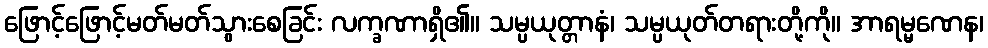
ဖြောင့်ဖြောင့်မတ်မတ်သွားစေခြင်း လက္ခဏာရှိ၏။ သမ္ပယုတ္တာနံ၊ သမ္ပယုတ်တရားတို့ကို။ အာရမ္မဏေန၊